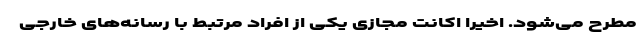
مطرح می‌شود. اخیراً اکانت مجازی یکی از افراد مرتبط با رسانه‌های خارجی